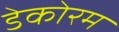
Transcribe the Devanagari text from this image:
डेकोरम